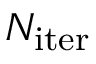
N _ { \mathrm { i t e r } }